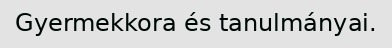
Gyermekkora és tanulmányai.